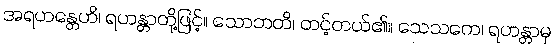
အရဟန္တေဟိ၊ ရဟန္တာတို့ဖြင့်။ သောဘတိ၊ တင့်တယ်၏။ သေသကေ၊ ရဟန္တာမှ